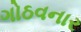
ગોઠવનાર